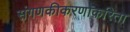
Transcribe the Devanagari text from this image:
संगणकीकरणाकरिता